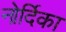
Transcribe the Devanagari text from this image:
नोर्दिका